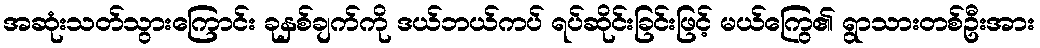
အဆုံးသတ်သွားကြောင်း ခုနှစ်ချက်ကို ဒယ်ဘယ်ကပ် ရပ်ဆိုင်းခြင်းဖြင့် မယ်ကြွေ၏ ရွာသားတစ်ဦးအား